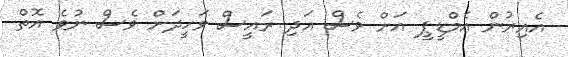
އެއިރުން އެމްޑީޕީ އަށް ވެސް އަދި ރައީސް ވަހީދަށް ވެސް ނުވެ އޮތް